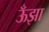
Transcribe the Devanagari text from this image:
ऊँझा